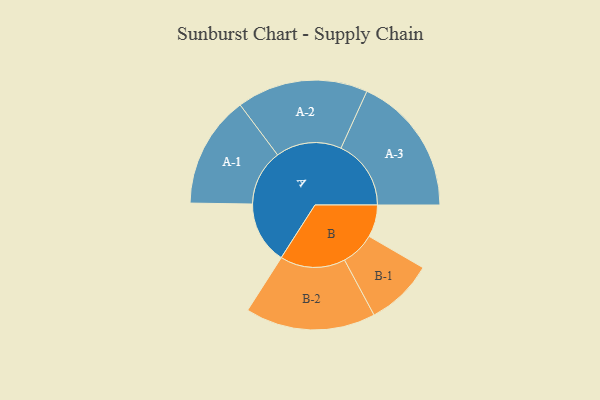
{"axis": {"x": "Segment", "y": "Value"}, "legend": ["", "A", "B"], "data": [{"x": "A", "y": 265, "type": ""}, {"x": "B", "y": 137, "type": ""}, {"x": "A-1", "y": 238, "type": "A"}, {"x": "A-2", "y": 279, "type": "A"}, {"x": "A-3", "y": 298, "type": "A"}, {"x": "B-1", "y": 144, "type": "B"}, {"x": "B-2", "y": 277, "type": "B"}]}